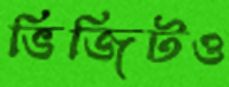
ভিজিটও